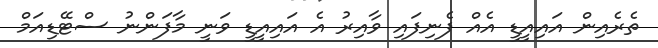
ތެރެއިން އައިއީޑީ އެއް ފެނިފައި ވާއިރު އެ އައިއީޑީ ވަނީ މާފަންނު ސްޓޭޑިއަމް